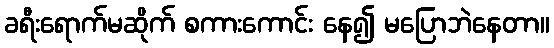
ခရီးရောက်မဆိုက် စကားကောင်း နေ၍ မပြောဘဲနေတာ။